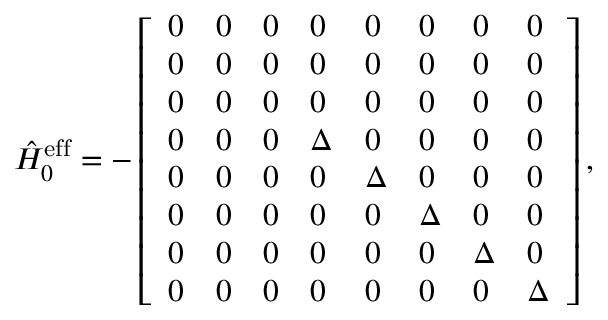
\begin{array} { r } { \hat { H } _ { 0 } ^ { \mathrm { e f f } } = - \left[ \begin{array} { l l l l l l l l } { 0 } & { 0 } & { 0 } & { 0 } & { 0 } & { 0 } & { 0 } & { 0 } \\ { 0 } & { 0 } & { 0 } & { 0 } & { 0 } & { 0 } & { 0 } & { 0 } \\ { 0 } & { 0 } & { 0 } & { 0 } & { 0 } & { 0 } & { 0 } & { 0 } \\ { 0 } & { 0 } & { 0 } & { \Delta } & { 0 } & { 0 } & { 0 } & { 0 } \\ { 0 } & { 0 } & { 0 } & { 0 } & { \Delta } & { 0 } & { 0 } & { 0 } \\ { 0 } & { 0 } & { 0 } & { 0 } & { 0 } & { \Delta } & { 0 } & { 0 } \\ { 0 } & { 0 } & { 0 } & { 0 } & { 0 } & { 0 } & { \Delta } & { 0 } \\ { 0 } & { 0 } & { 0 } & { 0 } & { 0 } & { 0 } & { 0 } & { \Delta } \end{array} \right] , } \end{array}